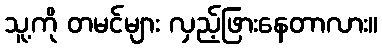
သူ့ကို တမင်များ လှည့်ဖြားနေတာလား။